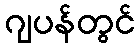
ဂျပန်တွင်